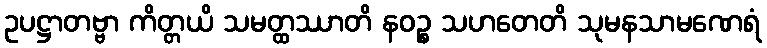
ဥပဋ္ဌာတဗ္ဗာ ကိတ္တယိ သမတ္ထဿာတိ နဝဉ္စ သဟတေတိ သုမနသာမဏေရံ